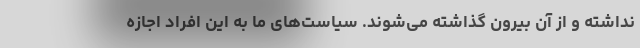
نداشته و از آن بیرون گذاشته می‌شوند. سیاست‌های ما به این افراد اجازه